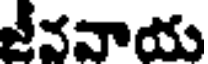
జీవవాయ